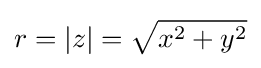
r=|z|={\sqrt {x^{2}+y^{2}}}